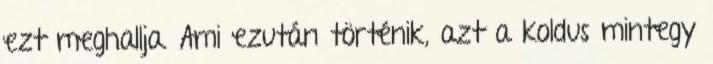
ezt meghallja. Ami ezután történik, azt a koldus mintegy